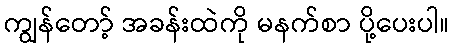
ကျွန်တော့် အခန်းထဲကို မနက်စာ ပို့ပေးပါ။